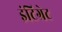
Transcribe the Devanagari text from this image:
इंटिग्रेट